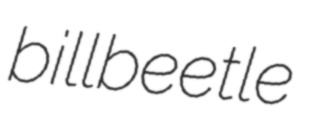
billbeetle